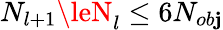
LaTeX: N_{l+1}\leN_{l}\le6N_{ob\mathbf{j}}